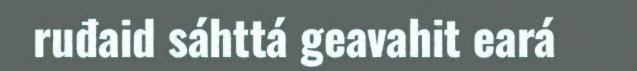
ruđaid sáhttá geavahit eará